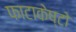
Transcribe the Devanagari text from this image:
फाटाकेष्टो